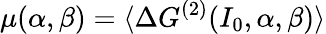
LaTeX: \mu(\alpha,\beta)=\langle\Delta G^{(2)}(I_{0},\alpha,\beta)\rangle